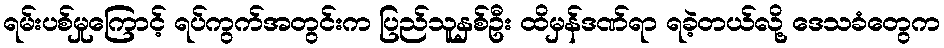
ရမ်းပစ်မှုကြောင့် ရပ်ကွက်အတွင်းက ပြည်သူနှစ်ဦး ထိမှန်ဒဏ်ရာ ရခဲ့တယ်လို့ ဒေသခံတွေက